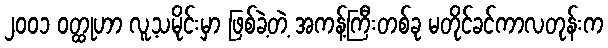
၂၀၀၁ ဝတ္ထုဟာ လူ့သမိုင်းမှာ ဖြစ်ခဲ့တဲ့ အကန့်ကြီးတစ်ခု မတိုင်ခင်ကာလတုန်းက